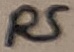
Text: R5